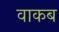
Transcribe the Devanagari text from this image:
वाकब